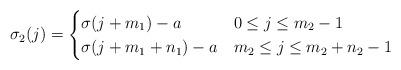
LaTeX: \begin{align*}\sigma_2(j)= \begin{cases}\sigma(j+m_1)-a &0\le j\le m_2-1\\\sigma(j+m_1+n_1)-a &m_2\le j\le m_2+n_2-1\end{cases}\end{align*}